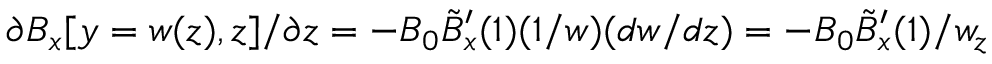
\partial B _ { x } [ y = w ( z ) , z ] / \partial z = - B _ { 0 } \tilde { B } _ { x } ^ { \prime } ( 1 ) ( 1 / w ) ( d w / d z ) = - B _ { 0 } \tilde { B } _ { x } ^ { \prime } ( 1 ) / w _ { z }